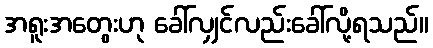
အရူးအတွေးဟု ခေါ်လျှင်လည်းခေါ်လို့ရသည်။